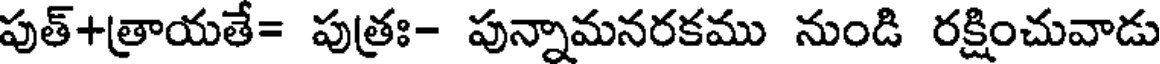
పుత్+త్రాయతే= పుత్రః- పున్నామనరకము నుండి రక్షించువాడు